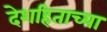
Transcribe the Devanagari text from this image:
देशहिताच्या